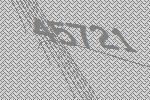
45721